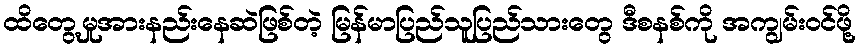
ထိတွေ့မှုအားနည်းနေဆဲဖြစ်တဲ့ မြန်မာပြည်သူပြည်သားတွေ ဒီစနစ်ကို အကျွမ်းဝင်ဖို့